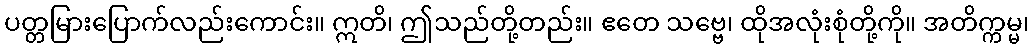
ပတ္တမြားပြောက်လည်းကောင်း။ ဣတိ၊ ဤသည်တို့တည်း။ ဧတေ သဗ္ဗေ၊ ထိုအလုံးစုံတို့ကို။ အတိက္ကမ္မ၊